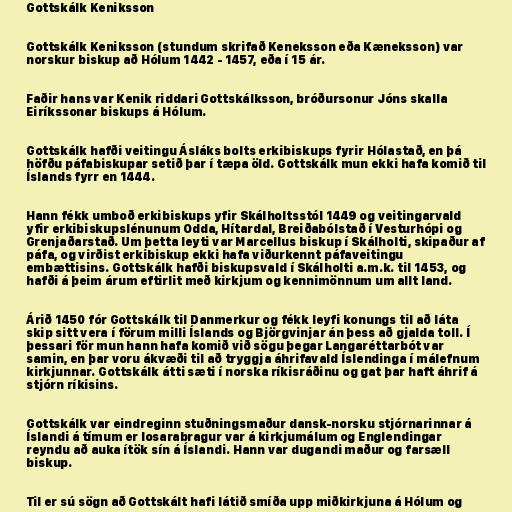
Gottskálk Keniksson

Gottskálk Keniksson (stundum skrifað Keneksson eða Kæneksson) var
norskur biskup að Hólum 1442 - 1457, eða í 15 ár.

Faðir hans var Kenik riddari Gottskálksson, bróðursonur Jóns skalla
Eiríkssonar biskups á Hólum.

Gottskálk hafði veitingu Ásláks bolts erkibiskups fyrir Hólastað, en þá
höfðu páfabiskupar setið þar í tæpa öld. Gottskálk mun ekki hafa komið til
Íslands fyrr en 1444.

Hann fékk umboð erkibiskups yfir Skálholtsstól 1449 og veitingarvald
yfir erkibiskupslénunum Odda, Hítardal, Breiðabólstað í Vesturhópi og
Grenjaðarstað. Um þetta leyti var Marcellus biskup í Skálholti, skipaður af
páfa, og virðist erkibiskup ekki hafa viðurkennt páfaveitingu
embættisins. Gottskálk hafði biskupsvald í Skálholti a.m.k. til 1453, og
hafði á þeim árum eftirlit með kirkjum og kennimönnum um allt land.

Árið 1450 fór Gottskálk til Danmerkur og fékk leyfi konungs til að láta
skip sitt vera í förum milli Íslands og Björgvinjar án þess að gjalda toll. Í
þessari för mun hann hafa komið við sögu þegar Langaréttarbót var
samin, en þar voru ákvæði til að tryggja áhrifavald Íslendinga í málefnum
kirkjunnar. Gottskálk átti sæti í norska ríkisráðinu og gat þar haft áhrif á
stjórn ríkisins.

Gottskálk var eindreginn stuðningsmaður dansk-norsku stjórnarinnar á
Íslandi á tímum er losarabragur var á kirkjumálum og Englendingar
reyndu að auka ítök sín á Íslandi. Hann var dugandi maður og farsæll
biskup.

Til er sú sögn að Gottskált hafi látið smíða upp miðkirkjuna á Hólum og